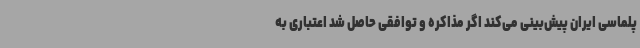
پلماسی ایران پیش‌بینی می‌کند اگر مذاکره و توافقی حاصل شد اعتباری به